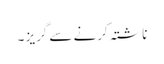
ناشتہ کرنے سے گریز ۔